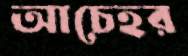
আচেহর